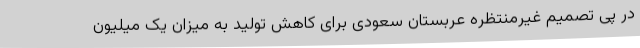
در پی تصمیم غیرمنتظره عربستان سعودی برای کاهش تولید به میزان یک میلیون